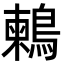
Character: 鶫